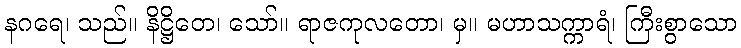
နဂရေ၊ သည်။ နိဋ္ဌိတေ၊ သော်။ ရာဇကုလတော၊ မှ။ မဟာသက္ကာရံ၊ ကြီးစွာသော